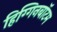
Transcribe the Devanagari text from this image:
हिग्गिनबॉटम